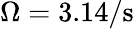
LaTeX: \Omega=3.14/\mathrm{s}